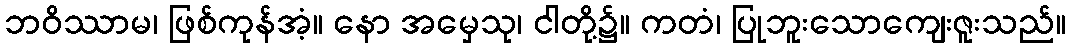
ဘဝိဿာမ၊ ဖြစ်ကုန်အံ့။ နော အမှေသု၊ ငါတို့၌။ ကတံ၊ ပြုဘူးသောကျေးဇူးသည်။